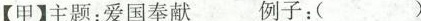
【甲】主题：爱国奉献 例子：()